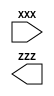
module XXXX(

	//////////// CLOCK //////////
	input XXX,

	//  Only included if we're running with ModelSim
	`ifdef UNDER_TEST
		// Async reset
		input YYY,
	`endif
	
	//////////// LED //////////
	output ZZZ
);

//=======================================================
//  REG/WIRE declarations
//=======================================================

//=======================================================
//  Outputs
//=======================================================

//=======================================================
//  Structural coding
//=======================================================

//=======================================================
//  Procedural coding
//=======================================================
	
endmodule